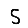
Digit: 5